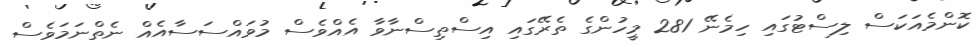
ކޮންމެއަކަސް ލިސްޓުގައި ހިމެނޭ 281 މީހުންގެ ތެރޭގައި އިސްތިސްނާވާ އެއްވެސް މުވައްސަސާއެއް ނެތްނަމަވެސް